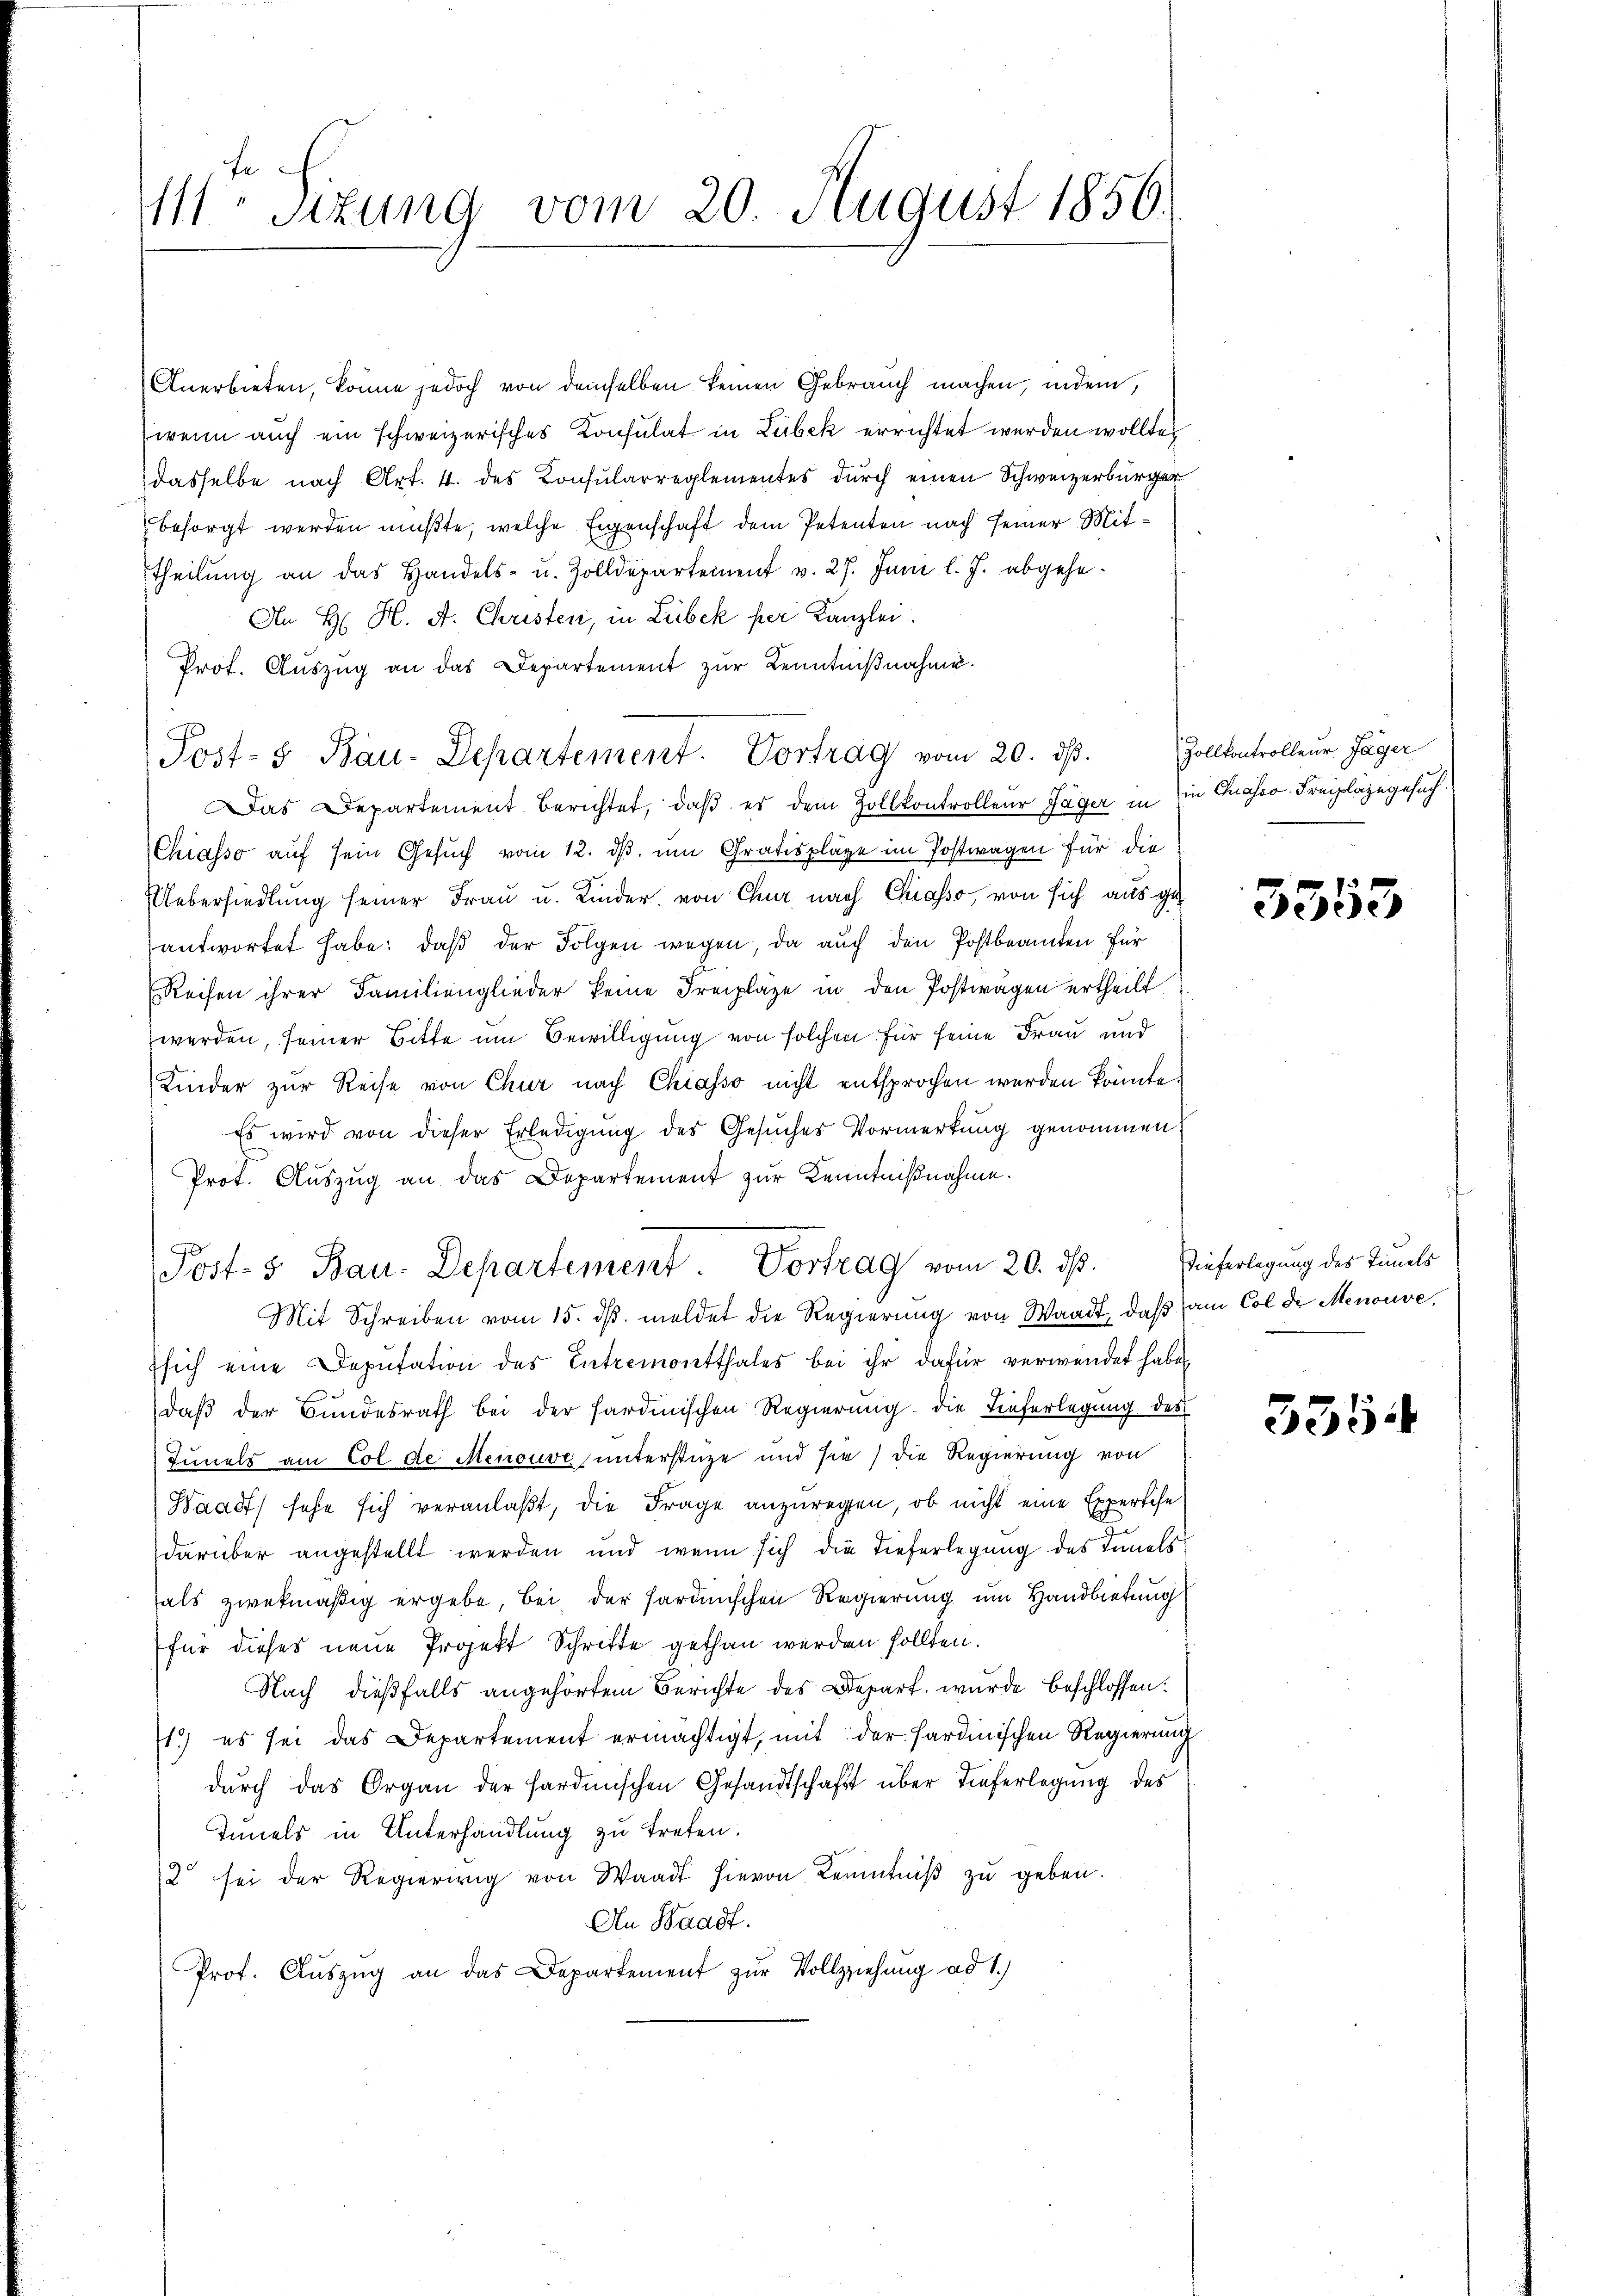
111 Sizung vom 20. August 1856.

Anerbieten, könne jedoch von demselben keinen Gebrauch machen, indem,
wenn auch ein schweizerisches Konsulat in Lubek errichtet werden wollte,
dasselbe nach Art. 4. des Konsularreglementes durch einen Schweizerbürger
 besorgt werden mußte, welche Eigenschaft dem Petenten nach seiner Mittheilŭng an das Handels- u. Zolldepartement v. 27. Juni l. J. abgehe-
An H. H. A. Christen, in Liebek per Kanzlei.
Prot. Aŭszŭg an das Departement zŭr Kenntnißnahme.
Das Departement berichtet, daß es dem Zollkontrolleur Jäger in in Chasso Freipläge gesuch
Chiasso auf sein Gesuch vom 12. ds. um Gratisplage im Postwagen für die
Uebersiedlung seiner Frau u. Kinder, von Chur nach Chiasso, von sich aus ge
antwortet habe; daß der Folgen wegen, da auch den Postbeamten für
Reisen ihrer Familienglieder keine Freipläge in den Postwagen ertheilt
werden, seiner Bitte um Bewilligung von solchen für seine Frau und
Kinder zur Reise von Chur nach Chiasso nicht entsprochen werden könnte.
Es wird von dieser Erledigung des Gesuches Vormerkung genommen?
Prot. Auszug an das Departement zur Kenntnißnahme.
Post- & Bau. Departement. Vortrag vom 20. ds.
Mit Schreiben vom 15. ds. meldet die Regierung von Waadt, daß am Col der Menouve,
ssich eine Deputation des Entremontthales bei ihr dafür verwendet haben,
daß der Bundesrath bei der sardinischen Regierung die Tieferlegung des
Junals am Col de Menouve, unterstüze und sie die Regierung von
Waadt) sehe sich veranlaßt, die Frage anzuregen, ob nicht eine Expertise
darüber angestellt werden und wenn sich die Tieferlegung des Innels
fals zwekmäßig ergebe, bei der hardischen Regierung um Handbietung
für dieses neue Projekt Schritte gethan werden sollten.
Nach dießfalls angehörtem Berichte des Depart wurde beschlossen:
1.) es sei das Departement ermächtigt, mit der Hardinischen Regierung
durch das Organ der Hardmischen Gesandtschaft über Tieferlegung des
Innels in Unterhandlung zu treten.
2 sei der Regierung von Waadt hievon Kenntniβ zŭ geben.
An Waadt.
Prof. Aŭszŭg an das Departement zur Vollziehung ad 1.)

Post- u Bau-Departement. Vortrag vom 20. dβ. Zollkontrolleur Jäger

3353

dieferlegung des Timmels

535